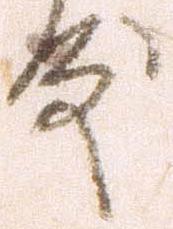
殿